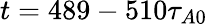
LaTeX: t=489-510\tau_{A0}